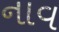
નાવ